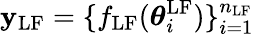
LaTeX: \boldsymbol{\mathbf{y}}_{\mathrm{{LF}}}=\{ f_{\mathrm{{LF}}}(\boldsymbol{\theta}_{i}^{\mathrm{{LF}}})\} _{i=1}^{n_{\mathrm{{LF}}}}